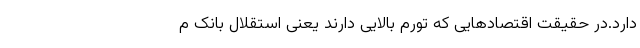
دارد.در حقیقت اقتصادهایی که تورم بالایی دارند یعنی استقلال بانک م